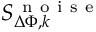
S _ { \Delta \Phi , k } ^ { \mathrm { ~ n ~ o ~ i ~ s ~ e ~ } }